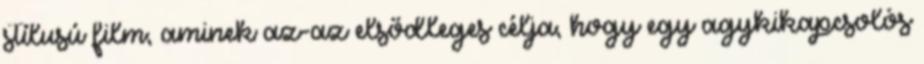
stílusú film, aminek az-az elsődleges célja, hogy egy agykikapcsolós